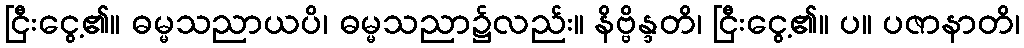
ငြီးငွေ့၏။ ဓမ္မသညာယပိ၊ ဓမ္မသညာ၌လည်း။ နိဗ္ဗိန္ဒတိ၊ ငြီးငွေ့၏။ ပ။ ပဇာနာတိ၊